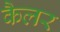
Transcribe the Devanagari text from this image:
कैलर